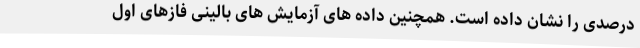
درصدی را نشان داده است. همچنین داده های آزمایش های بالینی فازهای اول